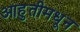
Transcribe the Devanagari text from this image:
आहुतीमधून